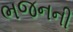
ભજનની